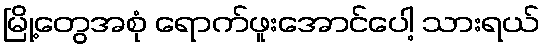
မြို့တွေအစုံ ရောက်ဖူးအောင်ပေါ့ သားရယ်